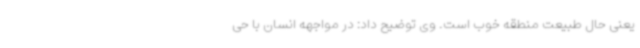
یعنی حال طبیعت منطقه خوب است. وی توضیح داد: در مواجهه انسان با حی